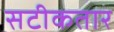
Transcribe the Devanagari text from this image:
सटीकतार